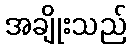
အချိုးသည်